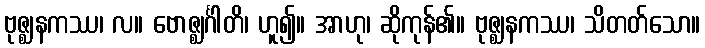
ဗုဇ္ဈနကဿ၊ လ။ ဗောဇ္ဈင်္ဂါတိ၊ ဟူ၍။ အာဟု၊ ဆိုကုန်၏။ ဗုဇ္ဈနကဿ၊ သိတတ်သော။